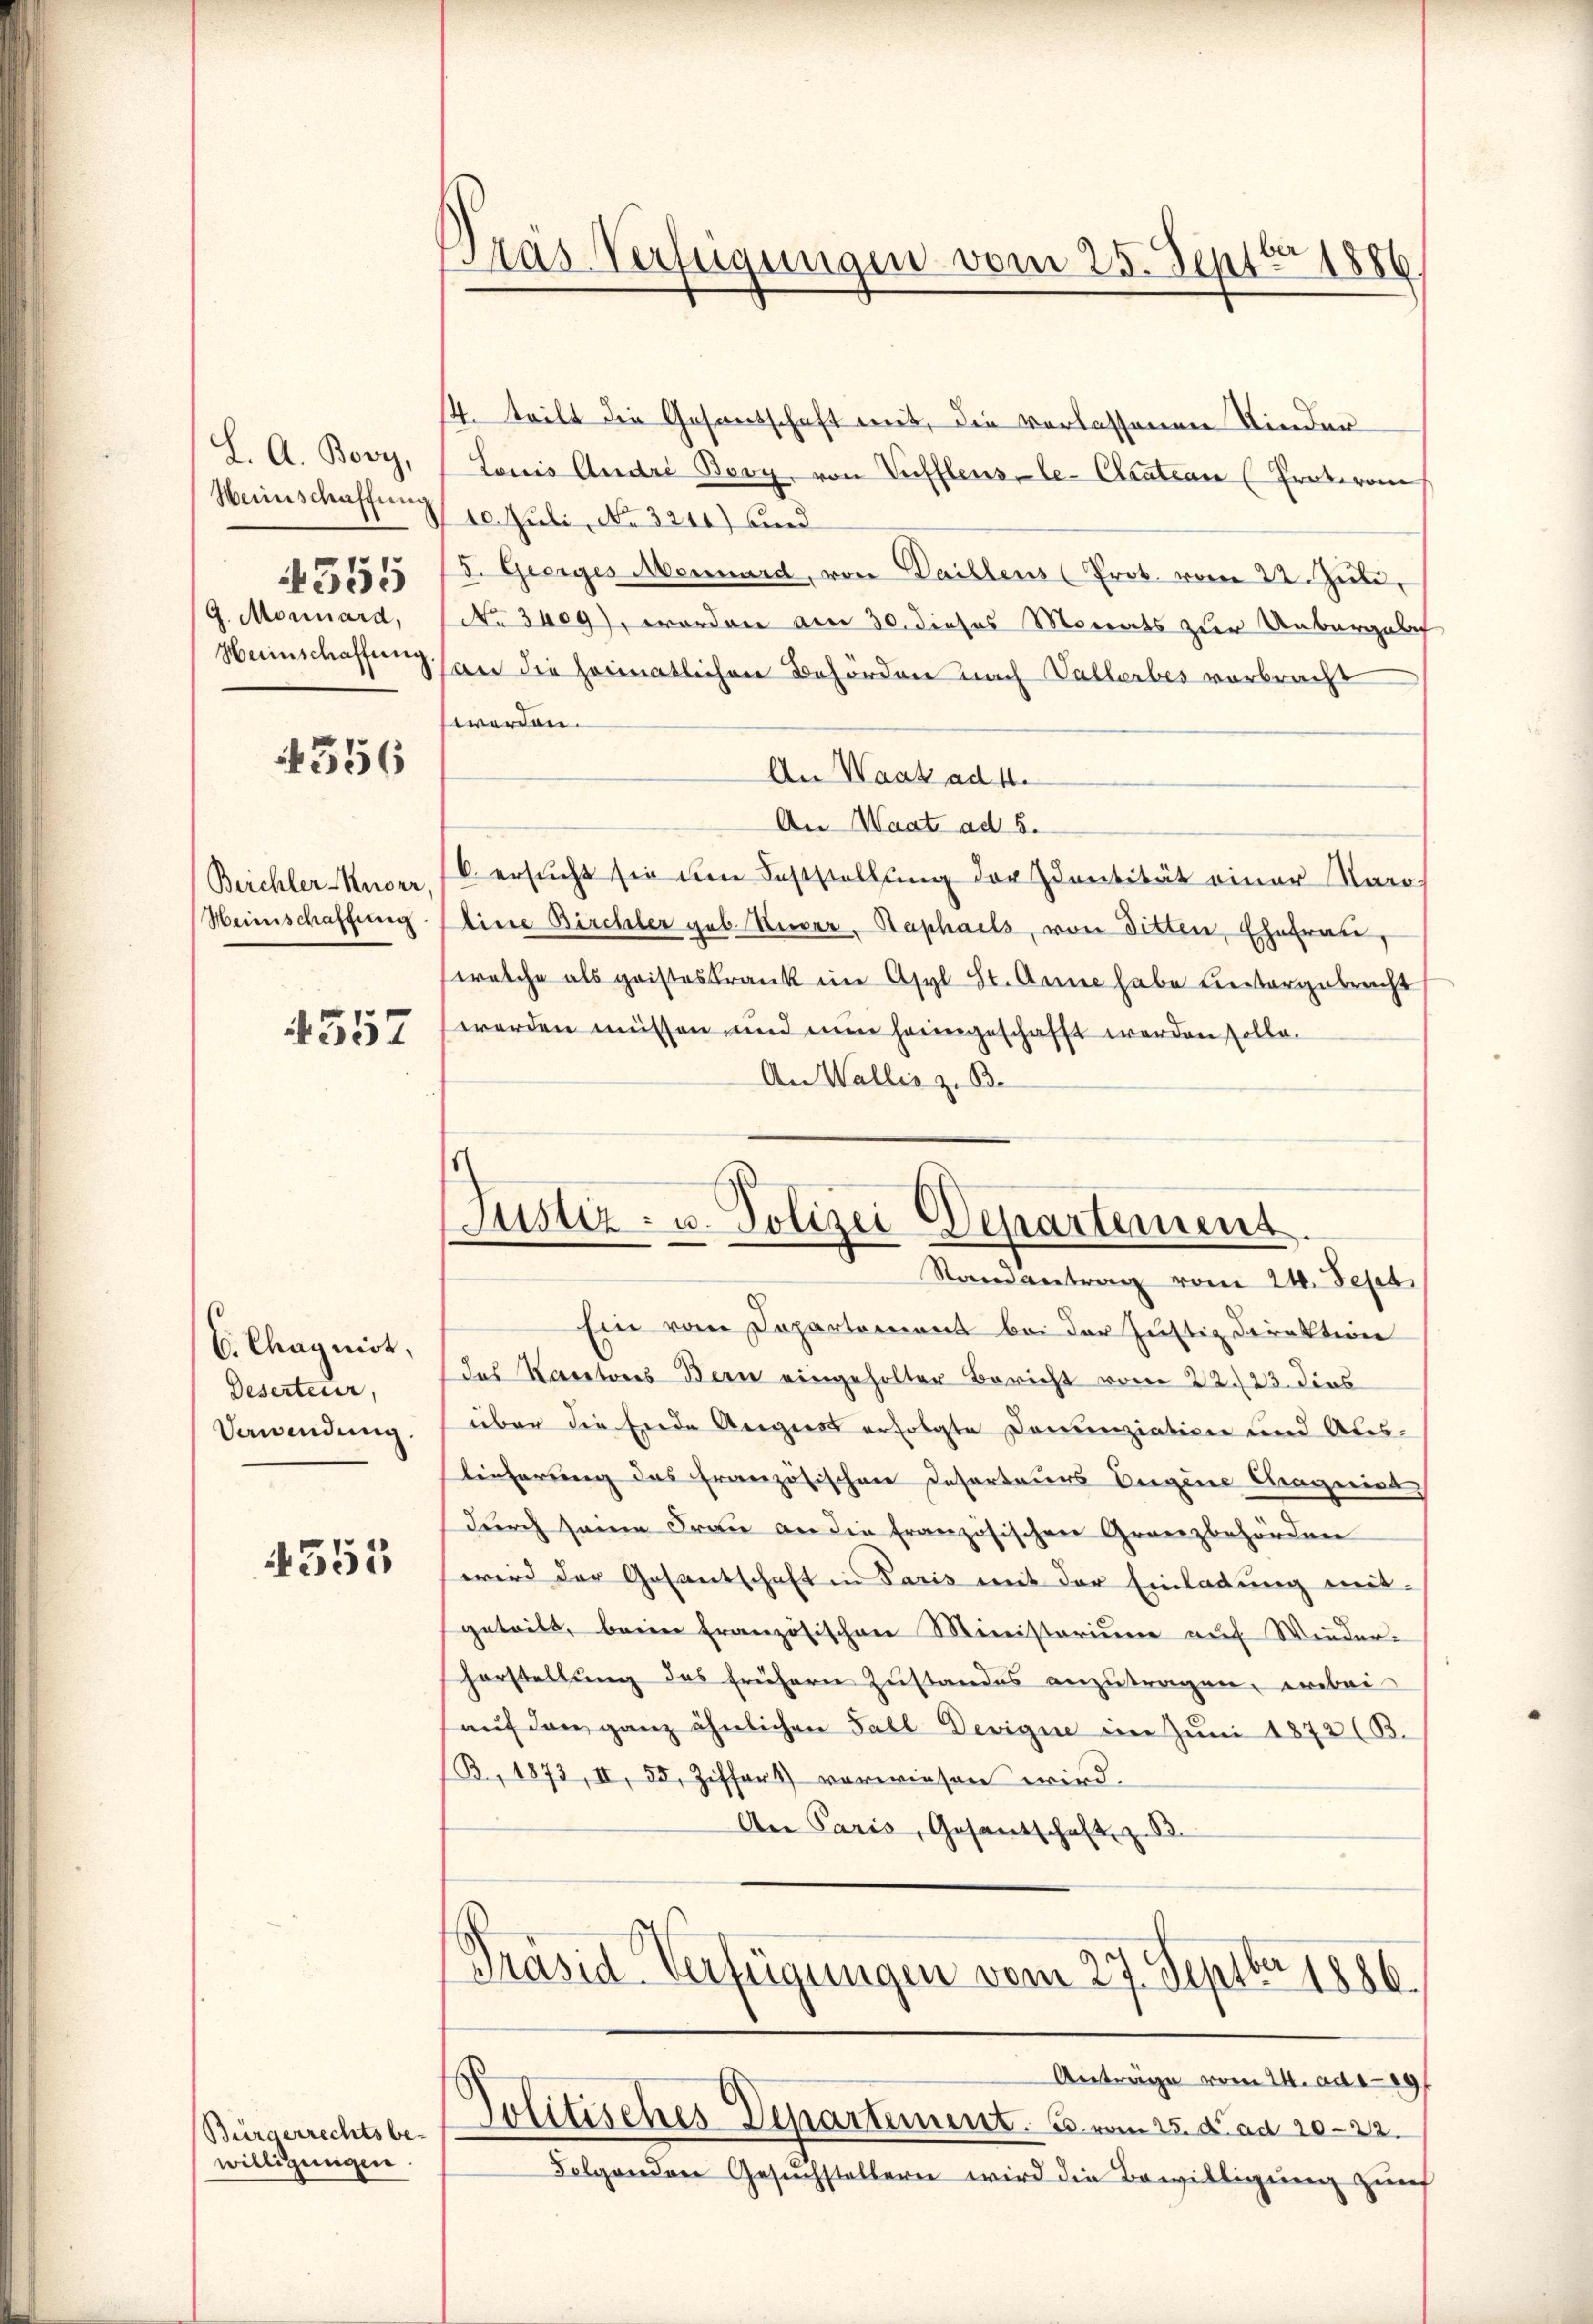
L. A. Bovy,
.
35
G. Monnard,
Heimschaffung

4556

Beichler-Kuorr,
Heinschaffung

357

6. Chagnirt,
Deserteur,
Vewendung.

4553

Bürgerrechts be-
willigungen

¬
d
Das Verfügungen vom 25. Sept.
1886.

4. tritt die Gesandschaft mit, die verlassenen Kinder
Louis Andri Bovy, von Vuffleusle- Ctratian (Prokuran
Weinschaffung 10. Juli, No 3241) und
5. Geeiges Mennard, von Baillens (Prot. vom 22. Juni,
No 3409), worden am 30. dieses Monats zur Unbergele
an die heimatlichen Behörden nach Vallerbes verbracht
werden.
An Waat ad 1.
An Waat ad 5.
b. ersŭcht sie im Feststellŭng der Identität einer Karo
Eine Birchler geb. Neer, Raphaels, von Sitten, Ehefrau,
welche als geisteskrank im Asyl St. Anna habe Leitergebracht
werden müssen und nun heimgeschafft werden solle.
An Wallis z. B.

Justiz- u. Polizei Departement.
Randantrag vom 24. Sept.

Ein vom Departement bei der Justiz Direktion
das Kantones Bern eingeholter Bericht vom 22./23. dies
über die Ende Aegiers erfolgte Domenziation und Abes-
lieferung des Französischen Deserteurs Eigene Cragniet,
durch seine Frau an die französischen Granzbehörden
wird der Gesentschaft in Paris mit der Einladung mit-
getritt, beim französischen Ministerium auf Wieder-
horstellung des frühern Zustandes anzutragen, erbei
aŭf den ganz ähnlichen Fall Devigue im Juni 1872 (B.
(B, 1873, II, 35, Ziffers) vorwiesen wird.
An Paris, Gesantschaft z. B.
Präsid Verfügungen vom 27. Septbr. 1886.
Anträge vom 24. Ad 29
Politisches Departement. 5 vom 25. d. ad 1022.
Folgenden Gesuchstellern wird die Bewilligung zur